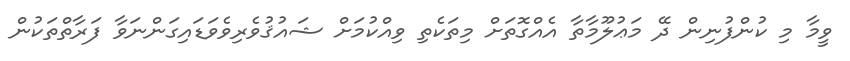
ވީމާ މި ކުންފުނިން ދޭ މަޢުލޫމާތާ އެއްގޮތަށް މިތަކެތި ވިއްކުމަށް ޝައުޤުވެރިވެވަޑައިގަންނަވާ ފަރާތްތަކުން